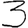
Digit: 3